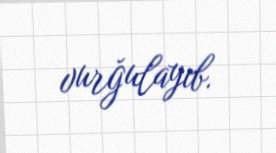
vurğulayıb.